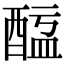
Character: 𨡖